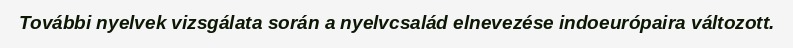
További nyelvek vizsgálata során a nyelvcsalád elnevezése indoeurópaira változott.